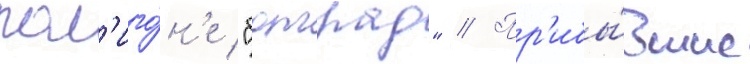
пол'иго́н'е "болград" // Пр'ибы́вшие